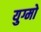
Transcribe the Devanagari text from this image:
युग्मो